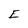
Character: E